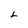
Character: L